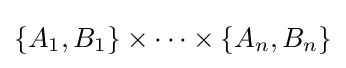
\{A_{1},B_{1}\}\times \dots \times \{A_{n},B_{n}\}